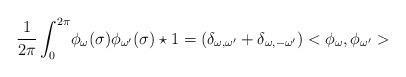
LaTeX: \begin{align*}\frac{1}{2 \pi} \int _0^{2\pi} \! \phi_{\omega} (\sigma) \phi_{\omega^\prime} (\sigma) \star 1 =(\delta_{\omega ,\omega^\prime} + \delta_{\omega , -\omega^\prime})<\phi_\omega,\phi_{\omega^\prime}>\end{align*}